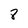
Character: 8